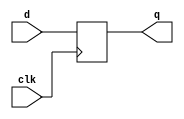
//////////////////////////////////////////////////////////////////////////////////
// Company: 
// Engineer: 
// 
// Design Name: 
// Module Name: SequentialLogic
// Project Name: 
// Target Devices: 
// Tool Versions: 
// Description: 
// 
// Dependencies: 
// 
// Revision:
// Revision 0.01 - File Created
// Additional Comments:
// 
//////////////////////////////////////////////////////////////////////////////////
`timescale 1ns / 1ps
module dff  (
input clk,  input d, output reg	q
);
 initial  q <= 0;

always @(posedge clk)  
q <= d;
endmodule
module SequentialLogic(VS,P, TL, TS,TP, Clk, G0, G1, G2);
   input  VS;
   input  P;
   input  TL;
   input  TS;
   input  TP;
   input  Clk;
   
   output    G0;
   output    G1;
   output    G2;
  
   wire   D0;
   wire   D1;
   wire   D2;
   assign D2 = ((~G2)&(~G1)&G0&(~TS)&P) | ((~G2)&G1&(~G0)&(~TS)&P) | (TP&G2);
   assign D1 = ((~G2)&(~G1)&G0&(~TS)&(~P))|((~G2)&G1&G0&TL&VS)|((~G2)&G1&G0&(~TL))
                 |((~G2)&G1&G0&(~VS))|((~G2)&G1&G0&P)|((~G2)&G1&(~G0)&TS);
   assign D0 = ((~G2)&(~G1)&(~G0)&(~TL)&VS) | ((~G2)&(~G1)&(~G0)&(~TL)&P) | ((~G2)&(~G1)&G0&TS) 
                 |((~G2)&(~G1)&G0&(~TS)&(~P))|((~G2)&G1&G0&TL&VS);                 
   dff DFF0(.d(D0), .clk(Clk),.q(G0));
   
   dff DFF1(.d(D1), .clk(Clk),.q(G1));
   
   dff DFF2(.d(D2), .clk(Clk),.q(G2));
   
endmodule